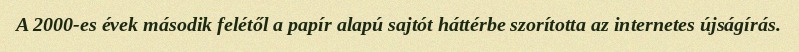
A 2000-es évek második felétől a papír alapú sajtót háttérbe szorította az internetes újságírás.